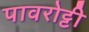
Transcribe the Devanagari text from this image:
पावरोट्टी